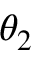
\theta _ { 2 }